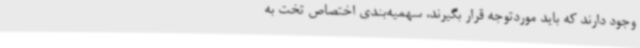
وجود دارند که باید موردتوجه قرار بگیرند، سهمیه‌بندی اختصاص تخت به